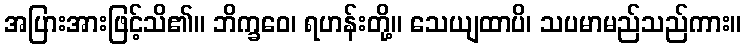
အပြားအားဖြင့်သိ၏။ ဘိက္ခဝေ၊ ရဟန်းတို့။ သေယျထာပိ၊ သပမာမည်သည်ကား။